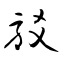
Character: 駁